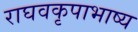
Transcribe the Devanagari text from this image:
राघवकृपाभाष्य